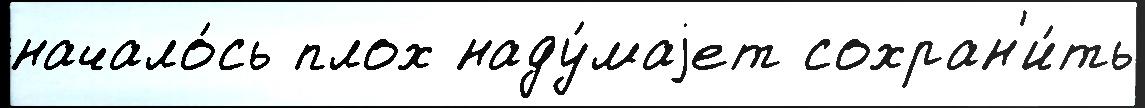
начало́сь плох наду́маjет сохран'и́ть